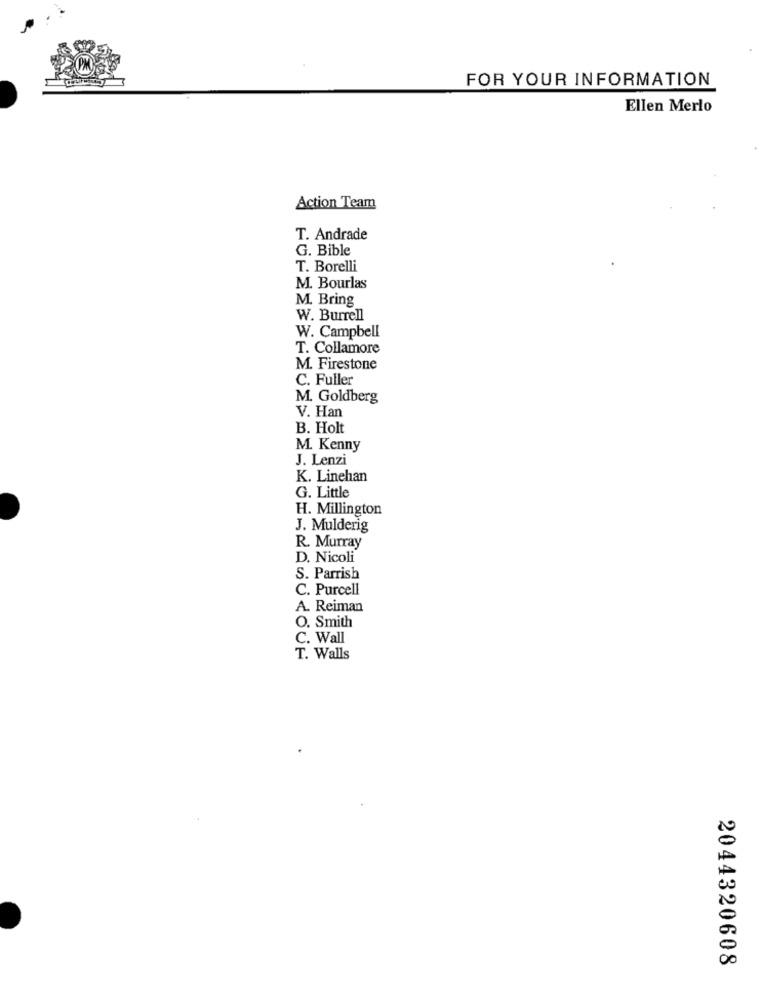
FOR YOUR INFORMATION
Ellen Merlo
Action Team
T. Andrade
G. Bible
T. Borelli
M. Bourlas
M. Bring
W. Burrell
W. Campbell
T. Collamore
M. Firestone
C. Fuller
M. Goldberg
V. Han
B. Holt
M. Kenny
J. Lenzi
K. Linehan
G. Little
H. Millington
J. Mulderig
R. Murray
D. Nicoli
S. Parrish
C. Purcell
A. Reiman
O. Smith
C. Wall
T. Walls
2044320608